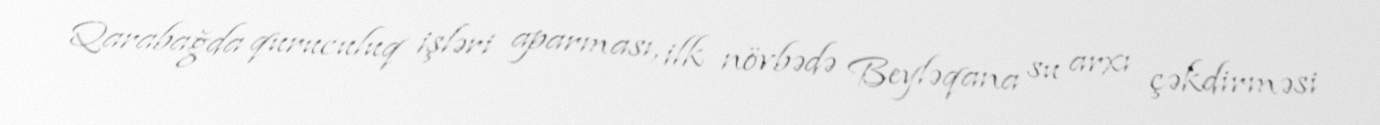
Qarabağda quruculuq işləri aparması, ilk növbədə Beyləqana su arxı çəkdirməsi